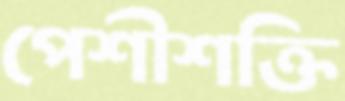
পেশীশক্তি